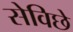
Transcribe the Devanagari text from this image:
सेविछे